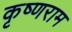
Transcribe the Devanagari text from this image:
कृष्णराम